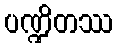
ပဏ္ဍိတဿ